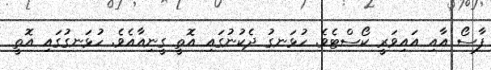
ފާސޯ އާއި އައިވަރީ ކޯސްޓެވެ. ހުޅަނގު ދެކުނުގައި އޮތީ ގީނިއާއެވެ. ހުޅަނގުގައި އޮތީ